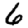
Digit: 6